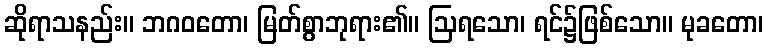
ဆိုရာသနည်း။ ဘဂဝတော၊ မြတ်စွာဘုရား၏။ ဩရသော၊ ရင်၌ဖြစ်သော။ မုခတော၊